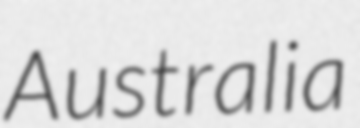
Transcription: Australia